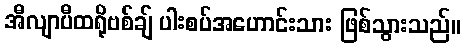
အီလျာပီထရိုဗစ်ချ် ပါးစပ်အဟောင်းသား ဖြစ်သွားသည်။